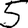
Digit: 5